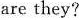
are they?